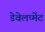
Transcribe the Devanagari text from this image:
डेवेलप्मेंट